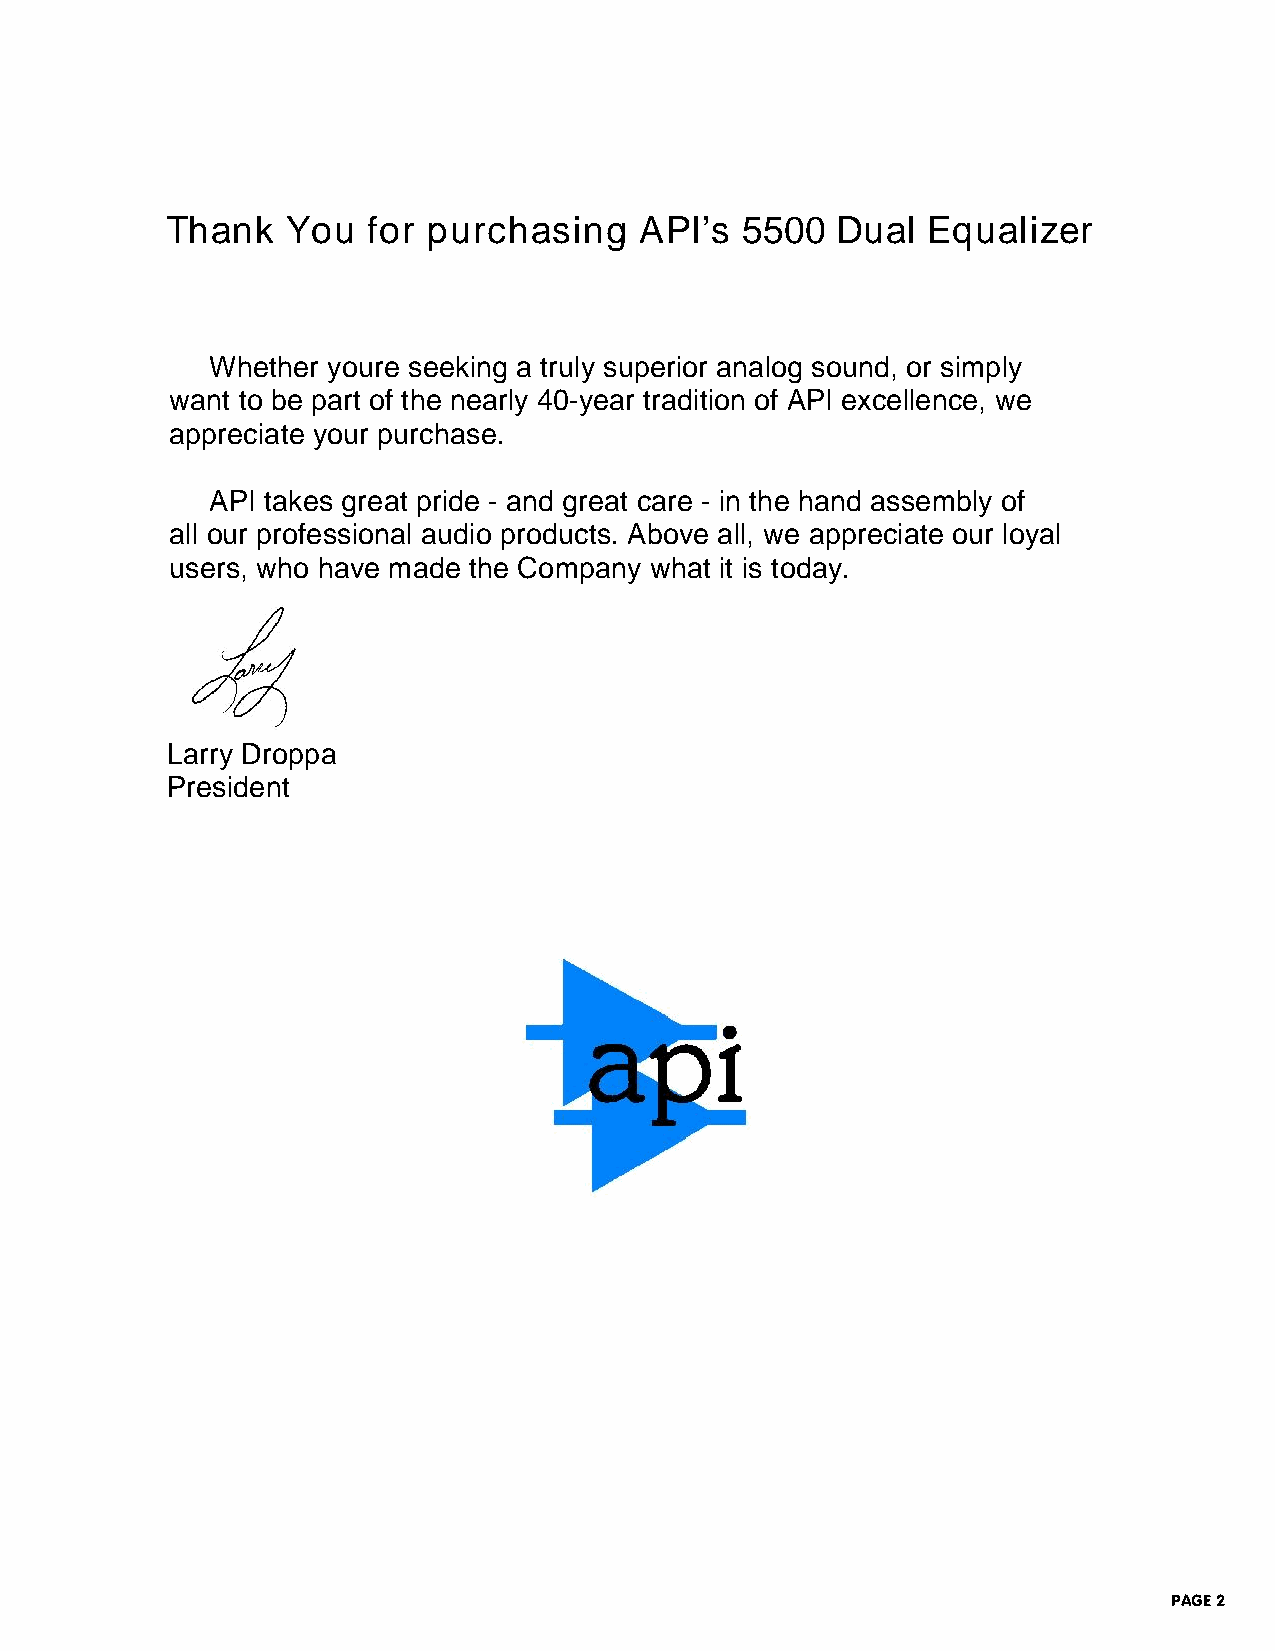
Thank   You  for purchasing    API's  5500  Dual  Equalizer
 Whether youre seeking a truly superior analog sound, or simply
 want to be part of the nearly 40-year tradition of API excellence, we
 appreciate your purchase.
 API takes great pride - and great care - in the hand assembly of
 all our professional audio products. Above all, we appreciate our loyal
 users, who have made the Company what it is today.
 THANK  YOU FOR  PURCHASING  API’S 5500  DUAL EQUALIZER
 Whether you’re seeking a truly superior analog sound, or simply want
 to be part of the 40-year tradition of API excellence, we appreciate
 your purchase. API takes great pride - and great care - in the hand
 Larry Droppa
 assembly of all our professional audio products. Above all, we
 President
 appreciate our loyal users, who have made the Company what it is
 today.
 PAGE 2